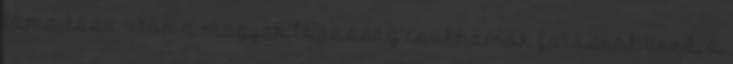
támadása után a magyar lovasság csakhamar futásnak ered, a